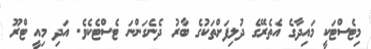
މިޓެސްޓަކީ މައިދާގެ އެތެރޭގެ ދުލިފަށްތަކުގެ ބާރު ދެނެގަންނަ ޓެސްޓެކެވެ. އަދި މިއީ ޓްރޫ